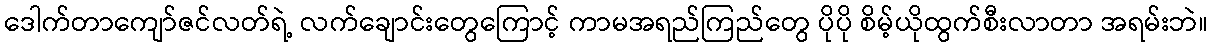
ဒေါက်တာကျော်ဇင်လတ်ရဲ့ လက်ချောင်းတွေကြောင့် ကာမအရည်ကြည်တွေ ပိုပို စိမ့်ယိုထွက်စီးလာတာ အရမ်းဘဲ။